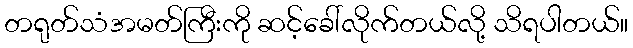
တရုတ်သံအမတ်ကြီးကို ဆင့်ခေါ်လိုက်တယ်လို့ သိရပါတယ်။